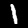
Label: 1